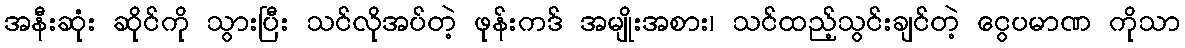
အနီးဆုံး ဆိုင်ကို သွားပြီး သင်လိုအပ်တဲ့ ဖုန်းကဒ် အမျိုးအစား၊ သင်ထည့်သွင်းချင်တဲ့ ငွေပမာဏ ကိုသာ